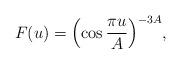
LaTeX: \begin{align*} F(u) = \Bigl ( \cos \frac{\pi u}{A} \Bigr)^{-3 A},\end{align*}